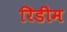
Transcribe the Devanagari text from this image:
रिडीम